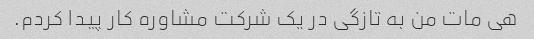
هی مات من به تازگی در یک شرکت مشاوره کار پیدا کردم.